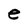
Character: e